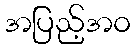
အပြည့်အဝ